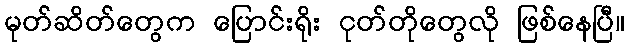
မုတ်ဆိတ်တွေက ပြောင်းရိုး ငုတ်တိုတွေလို ဖြစ်နေပြီ။